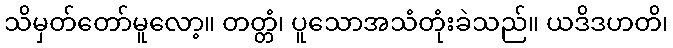
သိမှတ်တော်မူလော့။ တတ္တံ၊ ပူသောအသံတုံးခဲသည်။ ယဒိဒဟတိ၊